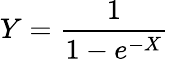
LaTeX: Y=\frac{1}{1-e^{-X}}